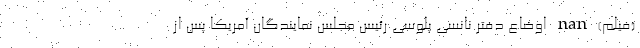
(فیلم) nan اوضاع دفتر نانسی پلوسی رئیس مجلس نمایندگان آمریکا پس از